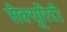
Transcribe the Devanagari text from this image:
सैक्यूरिटी